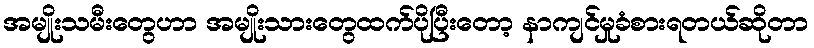
အမျိုးသမီးတွေဟာ အမျိုးသားတွေထက်ပိုပြီးတော့ နာကျင်မှုခံစားရတယ်ဆိုတာ